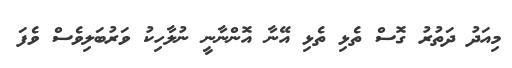
މިއަދު ދަތުރު ގޮސް ތެޅި ތެޅި އޭނާ އޮންނާނީ ނުލާހިކު ވަރުބަލިވެސް ވެފަ